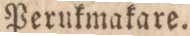
Perukmakare.